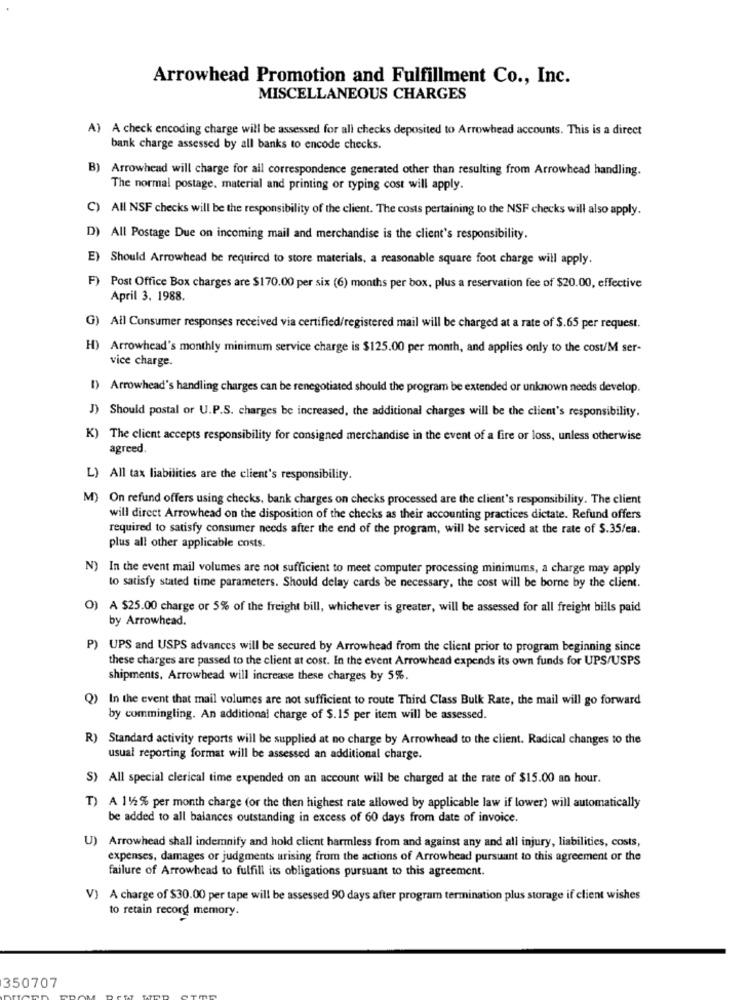
Arrowhead Promotion and Fulfillment Co ., Inc.
MISCELLANEOUS CHARGES
A) A check encoding charge will be assessed for all checks deposited to Arrowhead accounts. This is a direct
bank charge assessed by all banks to encode checks.
B) Arrowhead will charge for all correspondence generated other than resulting from Arrowhead handling.
The normal postage. material and printing or typing cost will apply.
C) All NSF checks will be the responsibility of the client. The costs pertaining to the NSF checks will also apply.
D) All Postage Due on incoming mail and merchandise is the client's responsibility.
E) Should Arrowhead be required to store materials, a reasonable square foot charge will apply.
F)
Post Office Box charges are $170.00 per six (6) months per box, plus a reservation fee of $20.00, effective
April 3. 1988.
G) All Consumer responses received via certified/registered mail will be charged at a rate of $.65 per request.
H) Arrowhead's monthly minimum service charge is $125.00 per month, and applies only to the cost/M ser-
vice charge.
() Arrowhead's handling charges can be renegotiated should the program be extended or unknown needs develop.
J) Should postal or U.P.S. charges be increased, the additional charges will be the client's responsibility.
K) The client accepts responsibility for consigned merchandise in the event of a fire or loss, unless otherwise
agreed.
L) All tax liabilities are the client's responsibility.
M) On refund offers using checks, bank charges on checks processed are the client's responsibility. The client
will direct Arrowhead on the disposition of the checks as their accounting practices dictate. Refund offers
required to satisfy consumer needs after the end of the program, will be serviced at the rate of S.35/ea.
plus all other applicable costs.
N) In the event mail volumes are not sufficient to meet computer processing minimums, a charge may apply
to satisfy stated time parameters. Should delay cards be necessary, the cost will be borne by the client.
0)
A $25.00 charge or 5% of the freight bill, whichever is greater, will be assessed for all freight bills paid
by Arrowhead.
P) UPS and USPS advances will be secured by Arrowhead from the client prior to program beginning since
these charges are passed to the client at cost. In the event Arrowhead expends its own funds for UPS/USPS
shipments, Arrowhead will increase these charges by 5%.
Q) In the event that mail volumes are not sufficient to route Third Class Bulk Rate, the mail will go forward
by commingling. An additional charge of $.15 per item will be assessed.
R) Standard activity reports will be supplied at no charge by Arrowhead to the client. Radical changes to the
usual reporting format will be assessed an additional charge.
S) All special clerical time expended on an account will be charged at the rate of $15.00 an hour.
T) A 1%2% per month charge (or the then highest rate allowed by applicable law if lower) will automatically
be added to all balances outstanding in excess of 60 days from date of invoice.
U) Arrowhead shall indemnify and hold client harmless from and against any and all injury, liabilities, costs,
expenses, damages or judgments arising from the actions of Arrowhead pursuant to this agreement or the
failure of Arrowhead to fulfill its obligations pursuant to this agreement.
V) A charge of $30.00 per tape will be assessed 90 days after program termination plus storage if client wishes
to retain record memory.
350707